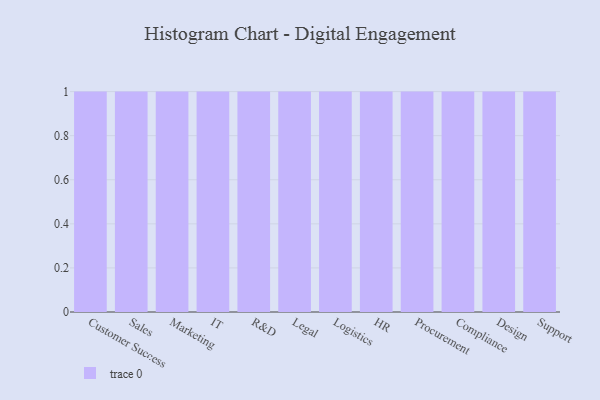
{"axis": {"x": "Department", "y": "Latency (ms)"}, "legend": [""], "data": [{"x": "Customer Success", "y": 61, "type": ""}, {"x": "Sales", "y": 90, "type": ""}, {"x": "Marketing", "y": 10, "type": ""}, {"x": "IT", "y": 65, "type": ""}, {"x": "R&D", "y": 29, "type": ""}, {"x": "Legal", "y": 70, "type": ""}, {"x": "Logistics", "y": 95, "type": ""}, {"x": "HR", "y": 58, "type": ""}, {"x": "Procurement", "y": 30, "type": ""}, {"x": "Compliance", "y": 39, "type": ""}, {"x": "Design", "y": 2, "type": ""}, {"x": "Support", "y": 20, "type": ""}]}